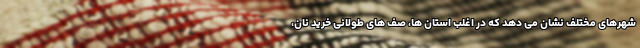
شهرهای مختلف نشان می دهد که در اغلب استان ها، صف های طولانی خرید نان،